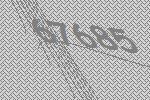
67685